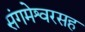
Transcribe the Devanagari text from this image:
संगमेश्वरसह